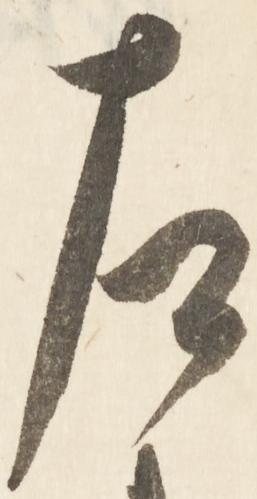
左